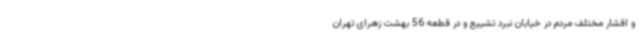
و اقشار مختلف مردم در خیابان نبرد تشییع و در قطعه 56 بهشت زهرای تهران